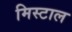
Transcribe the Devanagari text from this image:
मिस्टाल